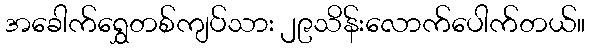
အခေါက်ရွှေတစ်ကျပ်သား ၂၉သိန်းလောက်ပေါက်တယ်။